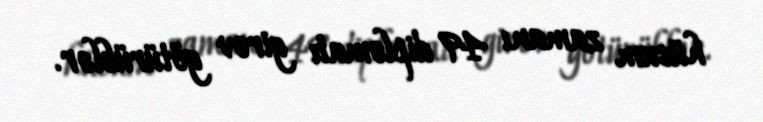
hücum zamanı 49 diplomatı girov götürüblər.